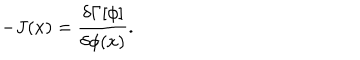
- J ( x ) = \frac { \delta \Gamma [ \phi ] } { \delta \phi ( x ) } .